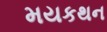
મયકથન